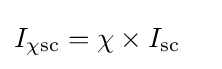
I_{\mathrm {\chi sc} }=\chi \times I_{\mathrm {sc} }\quad